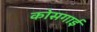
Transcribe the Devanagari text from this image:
कोसगाई